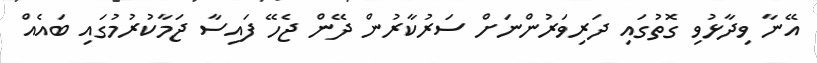
އޭނާ ވިދާޅުވި ގޮތުގައި ދަރިވަރުންނަށް ސަރުކާރުން ދޭން ޖެހޭ ފައިސާ ޖަމާކުރުމުގައި ބައެއް